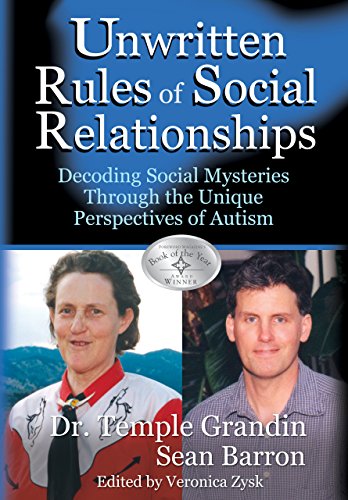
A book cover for The Unwritten Rules of Social Relationships: Decoding Social Mysteries Through the Unique Perspectives of Autism; Temple Grandin; Parenting & Relationships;